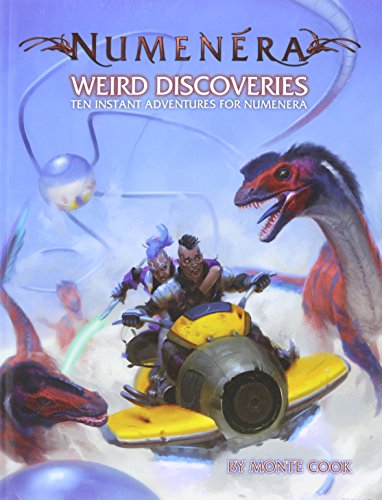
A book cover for Numenera Weird Discoveries; Science Fiction & Fantasy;